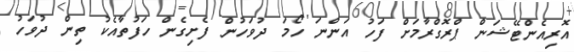
އޮރިއެންޓޭޝަން ޕްރޮގްރާމަށް ފަހު އަންނަ ހޯމަ ދުވަހުން ފެށިގެން ހަފުތާއެކު ތިން ދުވަހު